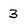
Character: 3